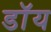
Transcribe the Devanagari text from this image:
डॉय